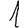
Digit: 1